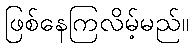
ဖြစ်နေကြလိမ့်မည်။